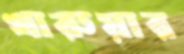
খারুয়ার